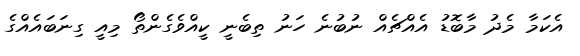
އެކަމާ މެދު މާބޮޑު އެއްޗެއް ނުބުނެ ހަނު ތިބެނީ ކީއްވެގެންތޯ މިއީ ގިނަބައެއްގެ